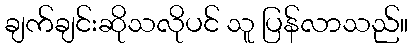
ချက်ချင်းဆိုသလိုပင် သူ ပြန်လာသည်။